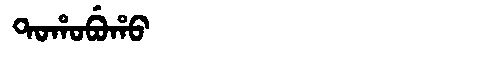
Manchu: ᡨᠣᡥᠣᠪᡠᡥᠣ
Romanization: TOHOBUHO